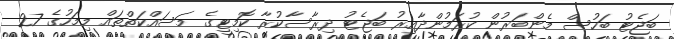
ބަޖެޓު ބަހުސް މެންބަރުން ކުރަމުންދާއިރު ބަޖެޓު ދިރާސާކުރާ ކޮމިޓީގެ މަސައްކަތްތައް މިމަހުގެ 27